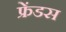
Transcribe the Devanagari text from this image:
फ्रेंडस